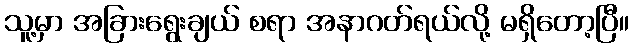
သူ့မှာ အခြားရွေးချယ် စရာ အနာဂတ်ရယ်လို့ မရှိတော့ပြီ။